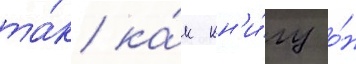
та́к ка́к кн'и́гу о́н